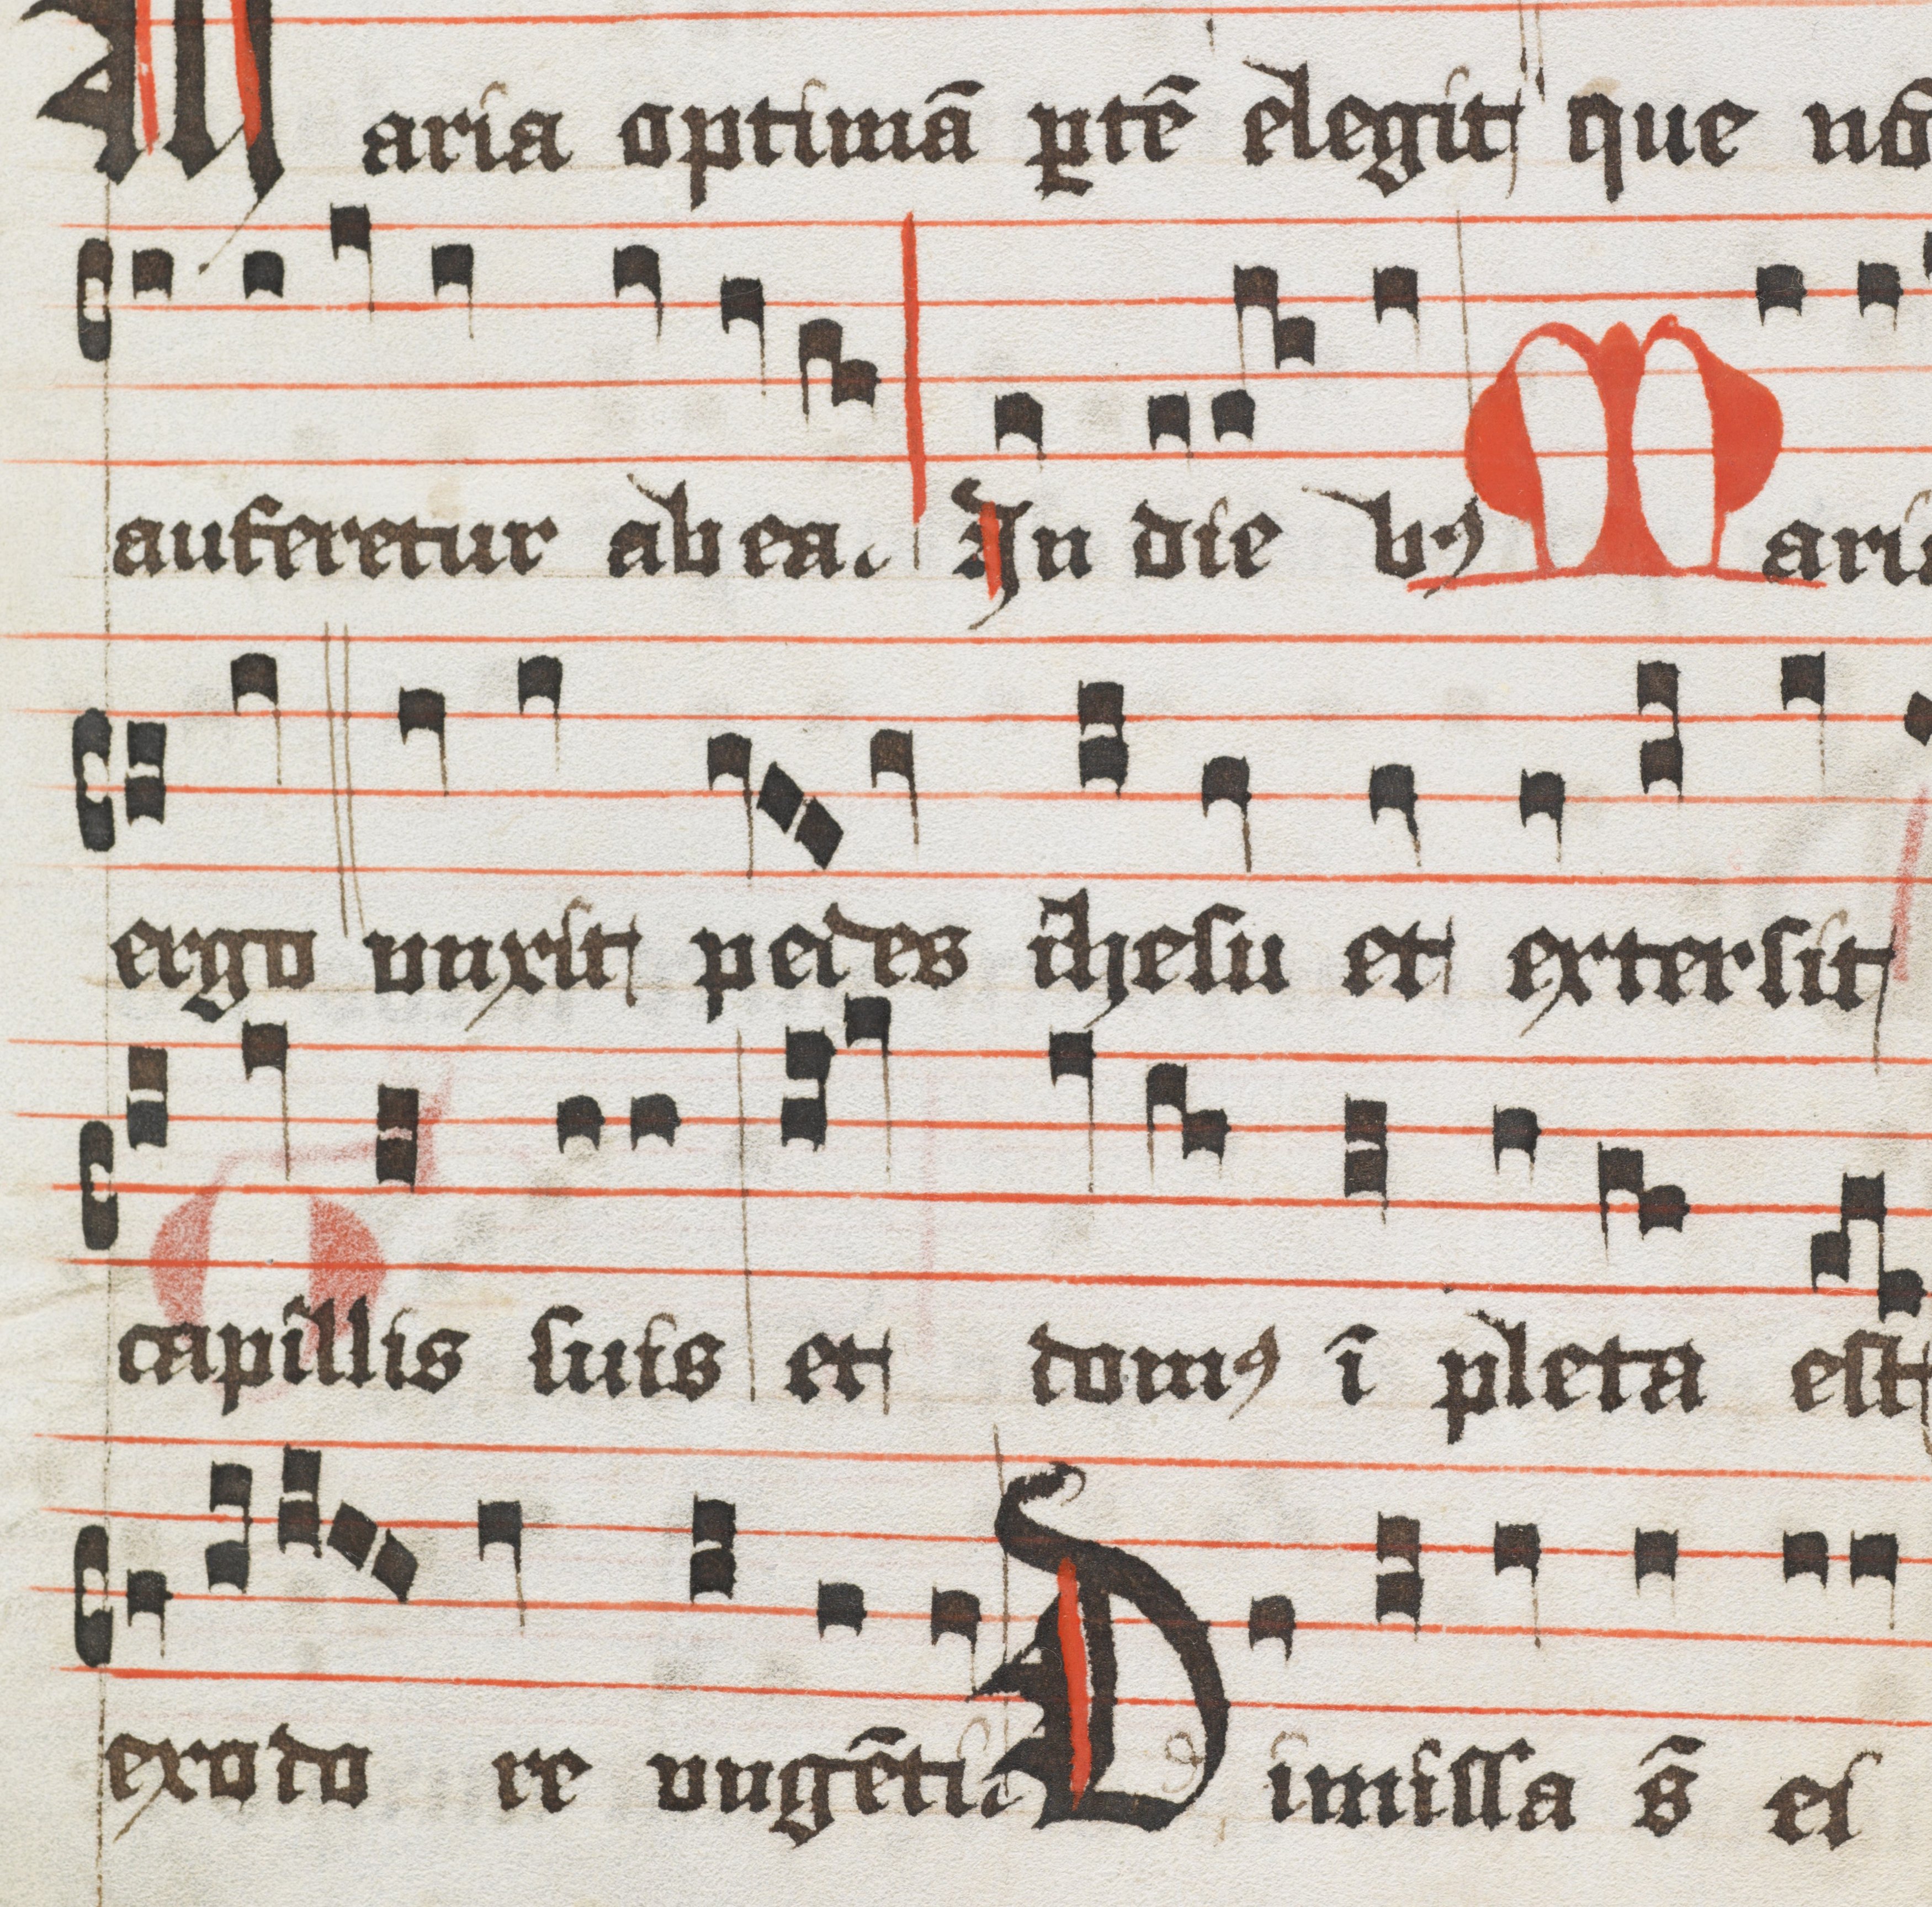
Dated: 1400–1499